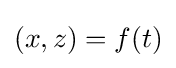
(x,z)=f(t)